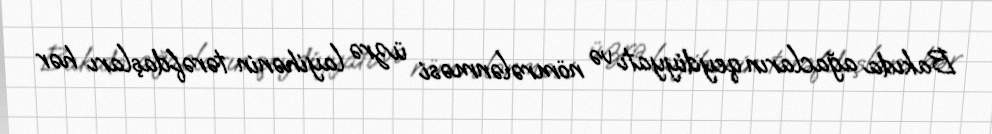
Bakıda ağacların qeydiyyatı və nömrələnməsi üzrə layihənin tərəfdaşları hər